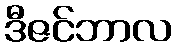
ဒီဇင်ဘာလ